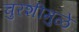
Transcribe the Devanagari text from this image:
चुरशीमुळे